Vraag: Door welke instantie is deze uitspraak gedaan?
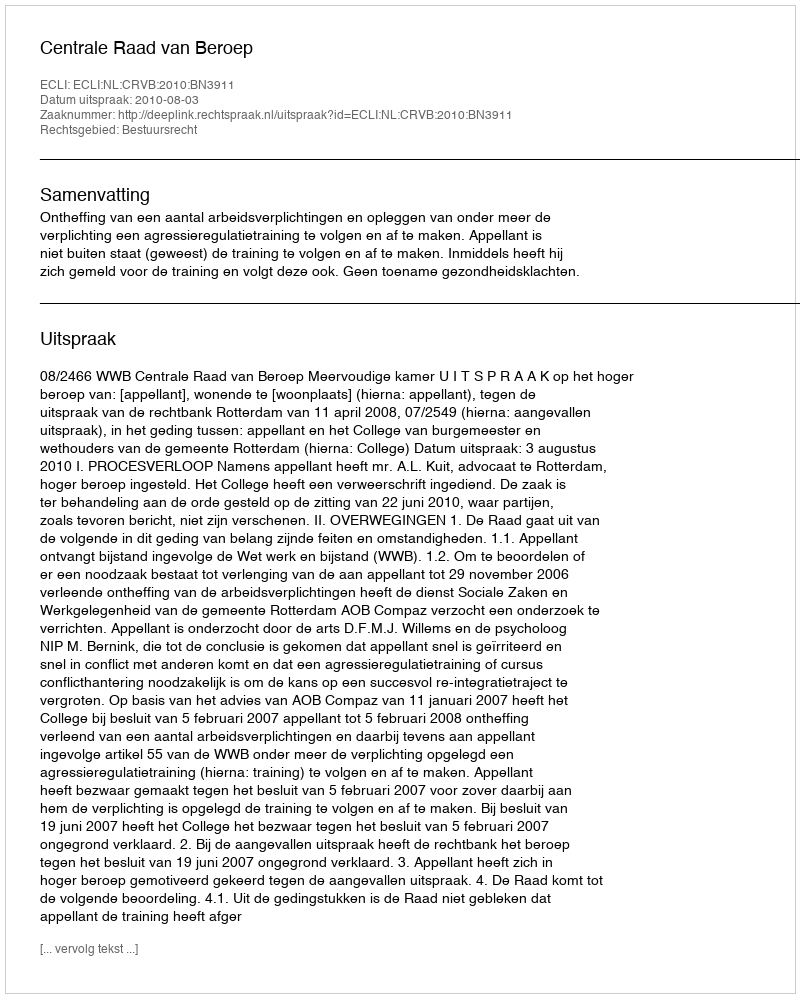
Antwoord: Centrale Raad van Beroep